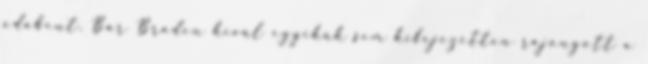
odabent. Bár Braden kívül egyikük sem kifejezetten rajongott a